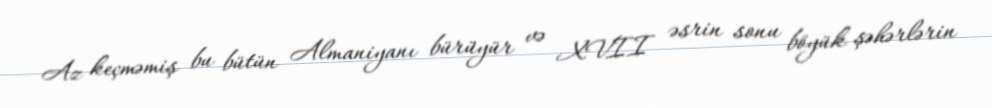
Az keçməmiş bu bütün Almaniyanı bürüyür və XVII əsrin sonu böyük şəhərlərin